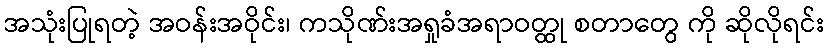
အသုံးပြုရတဲ့ အဝန်းအဝိုင်း၊ ကသိုဏ်းအရှုခံအရာဝတ္ထု စတာတွေ ကို ဆိုလိုရင်း